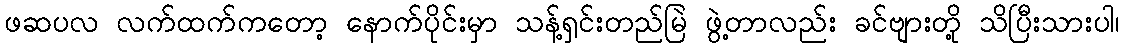
ဖဆပလ လက်ထက်ကတော့ နောက်ပိုင်းမှာ သန့်ရှင်းတည်မြဲ ဖွဲ့တာလည်း ခင်ဗျားတို့ သိပြီးသားပါ၊